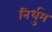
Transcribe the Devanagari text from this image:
निर्धुम